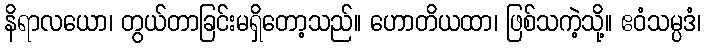
နိရာလယော၊ တွယ်တာခြင်းမရှိတော့သည်။ ဟောတိယထာ၊ ဖြစ်သကဲ့သို့။ ဧဝံသမ္ပဒံ၊